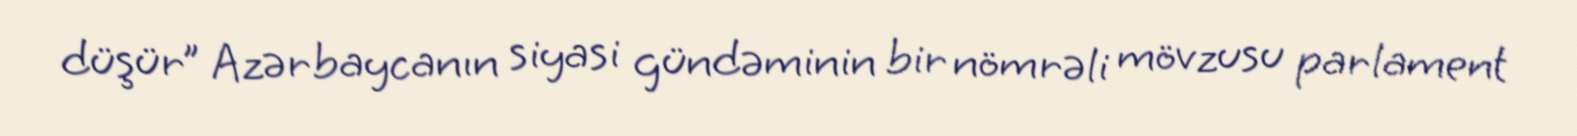
düşür” Azərbaycanın siyasi gündəminin bir nömrəli mövzusu parlament